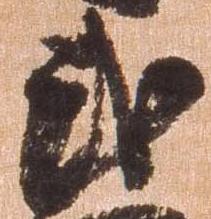
武